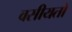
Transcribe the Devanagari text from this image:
वसीयतों